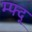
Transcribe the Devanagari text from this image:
म्फ्द्